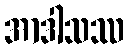
အာဒါသဿ